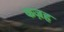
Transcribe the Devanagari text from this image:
कज़ह